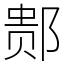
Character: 䣒